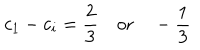
c _ { 1 } - c _ { i } = \frac { 2 } { 3 } \quad \mathrm { o r } \quad - \frac { 1 } { 3 }